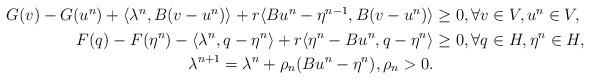
LaTeX: \begin{align*}\begin{aligned}G(v)-G(u^n)+\langle\lambda^n, B(v-u^n)\rangle+ r\langle Bu^n-\eta^{n-1},B(v-u^n)\rangle &\geq 0, \forall v\in V, u^n\in V,\\F(q)-F(\eta^n)-\langle\lambda^n, q-\eta^n\rangle+ r\langle\eta^n-Bu^n,q-\eta^n\rangle&\geq 0, \forall q\in H, \eta^n\in H,\\\lambda^{n+1}=\lambda^n +\rho_n(Bu^n- \eta^n),\rho_n>0.\end{aligned}\end{align*}